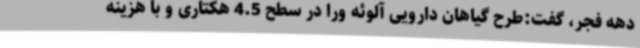
دهه فجر، گفت:طرح گیاهان دارویی آلوئه ورا در سطح 4.5 هکتاری و با هزینه